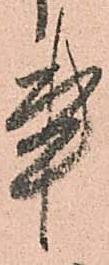
事